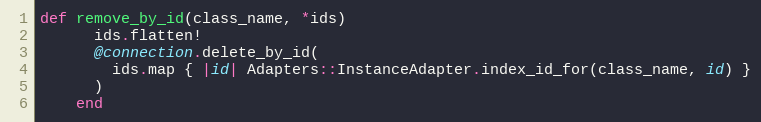
Language: Ruby
def remove_by_id(class_name, *ids)
      ids.flatten!
      @connection.delete_by_id(
        ids.map { |id| Adapters::InstanceAdapter.index_id_for(class_name, id) }
      )
    end